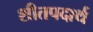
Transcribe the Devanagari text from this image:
शीतपदार्थ